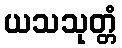
ယသသုတ္တံ